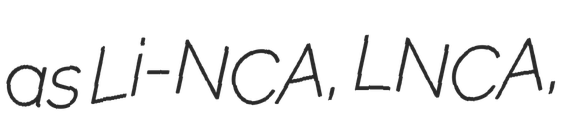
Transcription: as Li-NCA, LNCA,